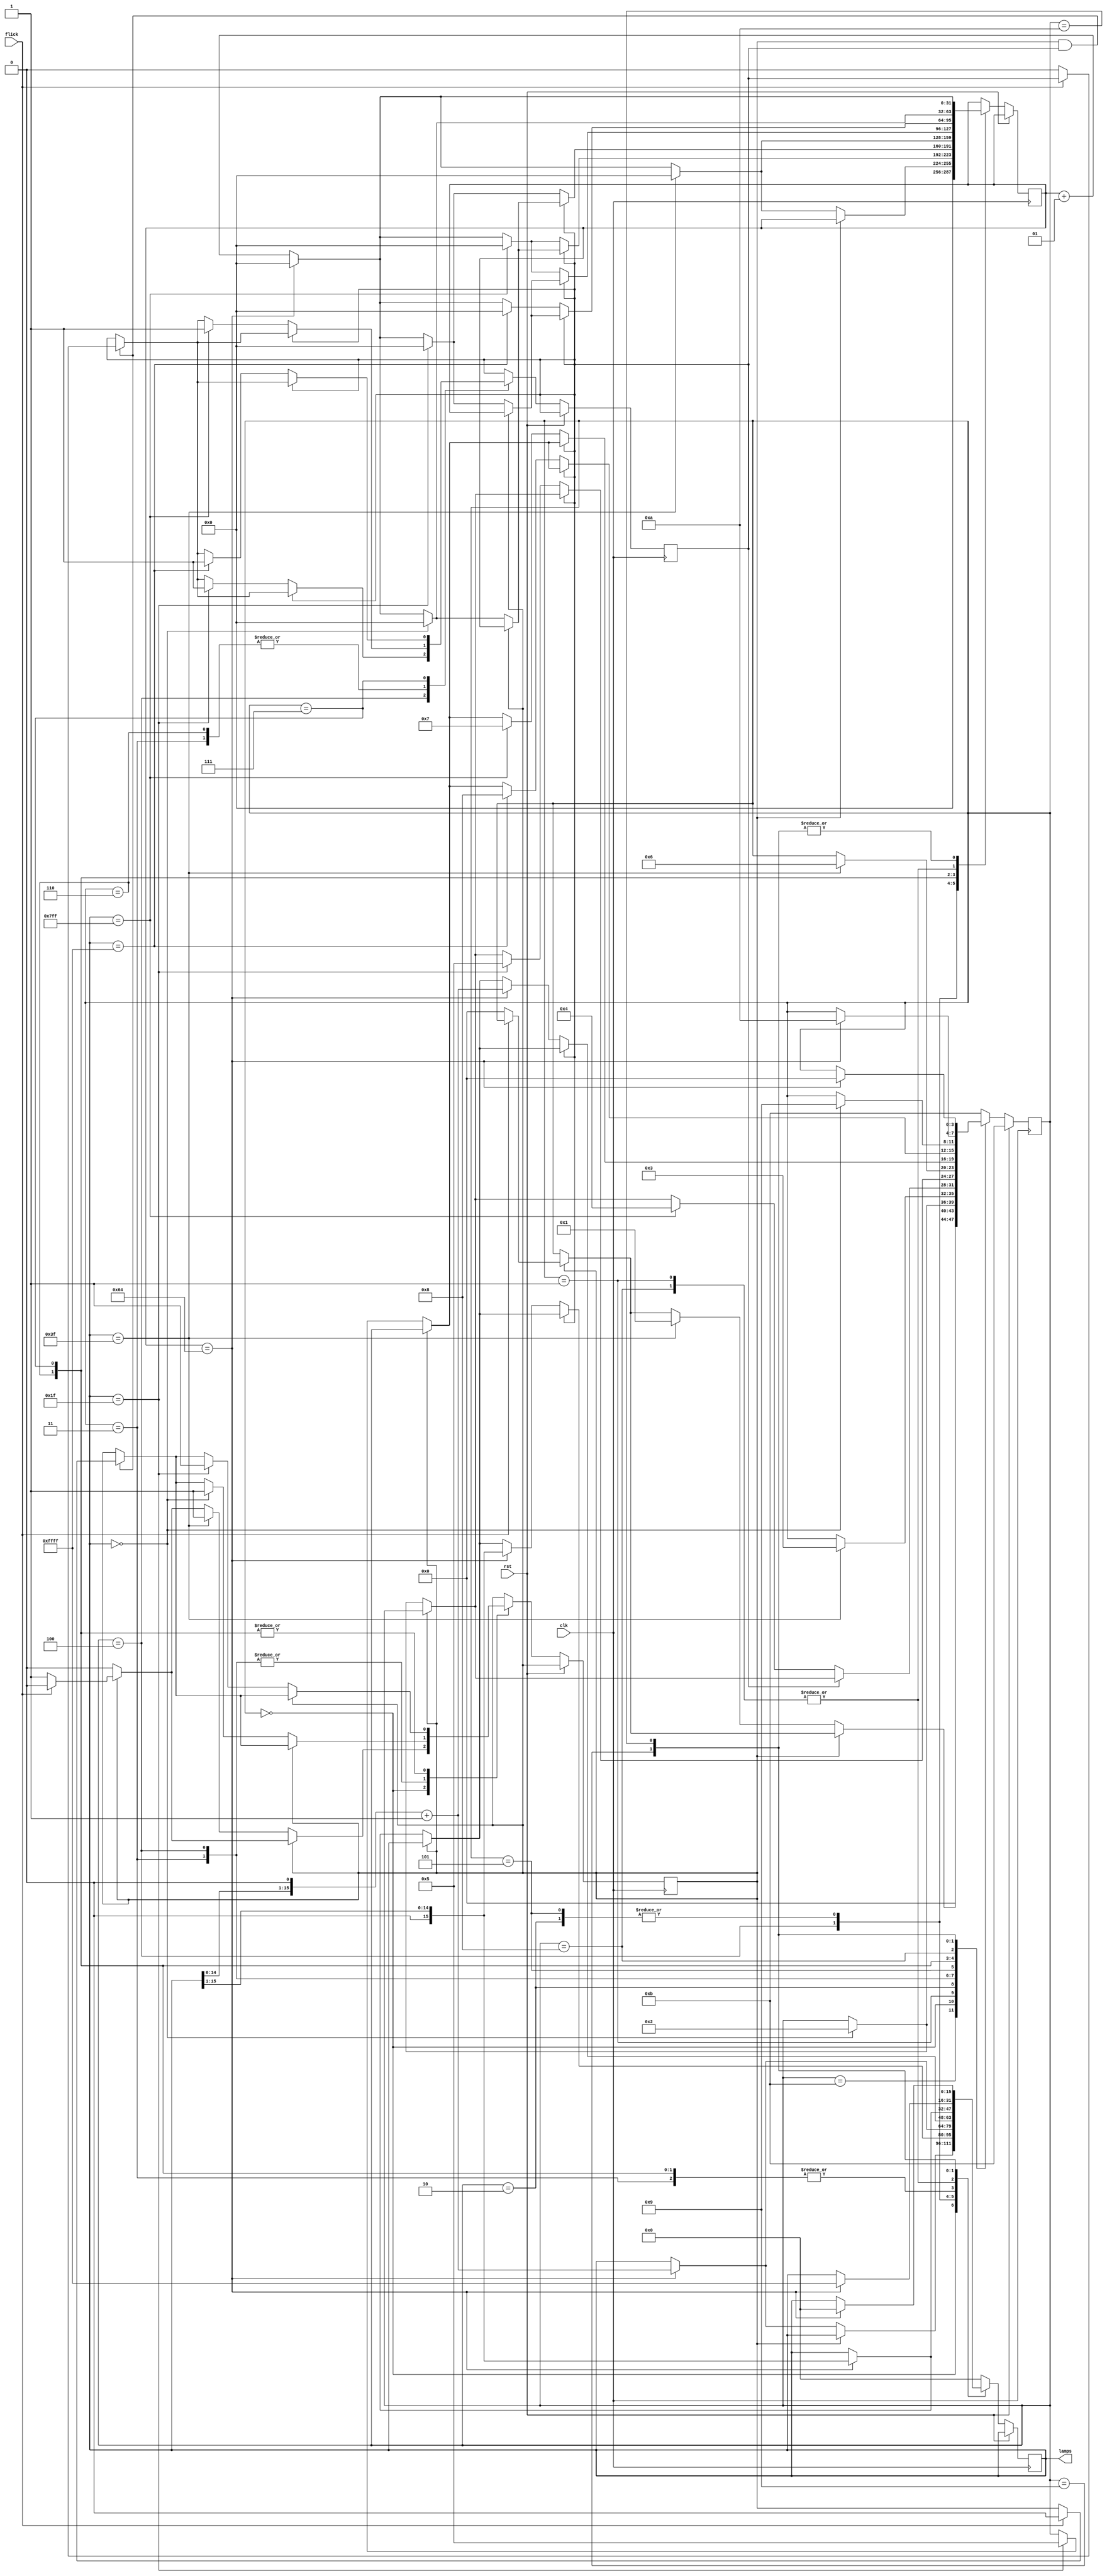
`timescale 1ns / 1ps
//////////////////////////////////////////////////////////////////////////////////
// Company: 
// Engineer: 
// 
// Design Name: 
// Module Name: BoundFlasher_Mealy
// Project Name: 
// Target Devices: 
// Tool Versions: 
// Description: 
// 
// Dependencies: 
// 
// Revision:
// Revision 0.01 - File Created
// Additional Comments:
// 
//////////////////////////////////////////////////////////////////////////////////


module BoundFlasher_Mealy(
    input clk, rst, flick,
    output reg [15:0] lamps
    );
    parameter s0 = 0, s1 = 1, s2 = 2, s3 = 3, s4 = 4, s5 = 5, s6 = 6, s7 = 7, s8 = 8, s9 = 9, s10 = 10;
    parameter idle = 11;
    parameter TIMER = 100;
    
    integer counter = 0;
    reg finish1 = 1, finish0 = 1;
    reg [3:0] state = idle;
    
always @(posedge clk) begin
    if (rst) begin
        state <= idle;
        //lamps <= 16'h0000;
    end
    else begin
        case (state)
        idle: begin
            state <= s0;
            lamps <= 16'h0000; //Mealy
            counter <= 0;
          
        end
        s0: begin
            if (finish1 == 1) begin
                if (flick == 1) begin
                    finish1 <= 0;
                    
                end
                else begin
                    state <= s0;
                end
            end
            
            if(finish1 == 0) begin
                
                counter <= counter + 1;
                if(counter == TIMER) begin
                    lamps <= (lamps << 1) + 1;
                    counter <= 0;
                end
                
                if(lamps == 16'h003F) begin
                    state <= s1;
                    counter <= 0;
                    finish1 <= 1;
                    
                end
            end
        end
        
        s1: begin
            counter <= counter + 1;
            if (counter == TIMER) begin
                lamps <= lamps >> 1; //turn off GRADUALLY
                counter <= 0;
            end
            if (lamps == 16'h0000) begin
                state <= s2;
                counter <= 0;
            end
        end
        
        s2: begin
            counter <= counter + 1;
            if (counter == TIMER) begin
                lamps <= (lamps << 1) + 1;
                counter <= 0;
            end
            if (lamps == 16'h003F) begin
                state <= s3;
                counter <= 0;
            end
        end
        
        s3: begin
            if (finish1 == 1 && finish0 == 1) begin
                if (flick) finish1 <= 0;
                else finish0 <= 0;
            end
            
            if (!finish1) begin
                counter <= counter + 1;
                if(counter == TIMER) begin
                   lamps <= lamps >> 1;
                   counter <= 0;
                end
                if (lamps == 16'h0000) begin
                    state <= s2;
                    counter <= 0;
                    finish1 <= 1;
                end  
            end
            
            if (!finish0) begin
                counter <= counter + 1;
                if(counter == TIMER) begin
                    lamps <= (lamps << 1) + 1;
                    counter <= 0;
                end
                if (lamps == 16'h07FF) begin
                    state <= s4;
                    counter <= 0;
                    finish0 <= 1;
                end  
            end               
        end
        
        s4: begin
            if (finish0 && finish1) begin
                if (flick) finish1 <= 0;
                else finish0 <= 0;
            end
            
            if (!finish1) begin
                counter <= counter + 1;
                if (counter == TIMER) begin
                    lamps <= lamps >> 1; 
                    counter <= 0;
                end
                if (lamps == 16'h0000) begin
                    finish1 <= 1;
                    state <= s2;
                    counter <= 0;
                end
            end
            
            if(!finish0) begin
                counter <= counter + 1;
                if (counter == TIMER) begin
                    lamps <= lamps >> 1; //L[10] -> L[5] off
                    counter <= 0;
                end
                if(lamps == 16'h001F) begin
                    finish0 <= 1;
                    state <= s5;
                    counter <= 0;
                end
                
            end
        end
        s5: begin
            counter <= counter + 1;
            if(counter == TIMER) begin
                lamps <= (lamps << 1) + 1;
                counter <= 0;
            end
            if (lamps == 16'h003F) begin
                state <= s6;
                counter <= 0;
            end
        end
        s6: begin
            if(finish0 && finish1) begin
                if(flick) finish1 <= 0;
                else finish0 <= 0;
            end
            if (!finish1) begin
                counter <= counter + 1;
                if (counter == TIMER) begin
                    lamps <= lamps >> 1;
                    counter <= 0;
                end
                if (lamps == 16'h001F) begin
                    finish1 <= 1;
                    state <= s5;
                    counter <= 0; 
                end
            end
            if (!finish0) begin
                counter <= counter + 1;
                if (counter == TIMER) begin
                    lamps <= (lamps << 1) + 1;
                    counter <= 0;
                end
                if (lamps == 16'h07FF) begin
                    finish0 <= 1;
                    state <= s7;
                    counter <= 0;
                end
            end
        end
        s7: begin
            if (finish0 && finish1) begin
                if (flick) finish1 <= 0;
                else finish0 <= 0;
            end
            if (!finish1) begin
                counter <= counter + 1;
                if (counter == TIMER) begin
                    lamps <= lamps >> 1;
                    counter <= 0;
                end
                if (lamps == 16'h001F) begin
                    finish1 <= 1;
                    state <= s5;
                    counter <= 0;
                end
            end
            if (!finish0) begin
                counter <= counter + 1;
                if (counter == TIMER) begin
                    lamps <= (lamps << 1) + 1;
                    counter <= 0;
                end
                if (lamps == 16'hFFFF) begin
                    finish0 <= 1;
                    state <= s8;
                    counter <= 0;
                end
            end
            
        end
        s8: begin
            counter <= counter + 1;
            if(counter == TIMER) begin
                lamps <= lamps >> 1;
                counter <= 0;
            end
            if (lamps == 16'h0000) begin
                state <= s9;
                counter <= 0;
            end
        end
        
        s9: begin
            counter <= counter + 1;
            if (counter == TIMER) begin
            lamps <= 16'hFFFF;
            counter <= 0;
            state <= s10;
            end
        end
        
        s10: begin
           counter <= counter + 1;
            if (counter == TIMER) begin
           lamps <= 16'h0000; // need this
           state <= s0;
           counter <= 0;
            end
        end
        
        default: begin
        state <= idle;
        lamps <= 16'h0000;
        end
        endcase
    end
    
end

    
endmodule